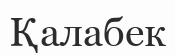
Қалабек